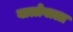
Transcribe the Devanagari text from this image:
बालोवाला